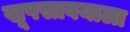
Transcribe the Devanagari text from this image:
खूपसावयाला